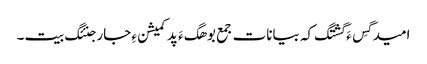
امید گِس ءَ گشتگ کہ بیانات جمع بوھگ ءَ پد کمیشن ءِ جار جنئگ بیت۔